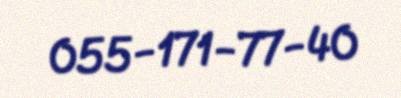
055-171-77-40